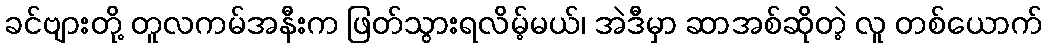
ခင်ဗျားတို့ တူလကမ်အနီးက ဖြတ်သွားရလိမ့်မယ်၊ အဲဒီမှာ ဆာအစ်ဆိုတဲ့ လူ တစ်ယောက်